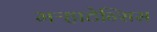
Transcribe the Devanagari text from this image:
मऱ्हाटेन्सिस